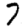
Digit: 7